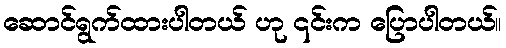
ဆောင်ရွက်ထားပါတယ် ဟု ၎င်းက ပြောပါတယ်။